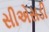
સીએસડી